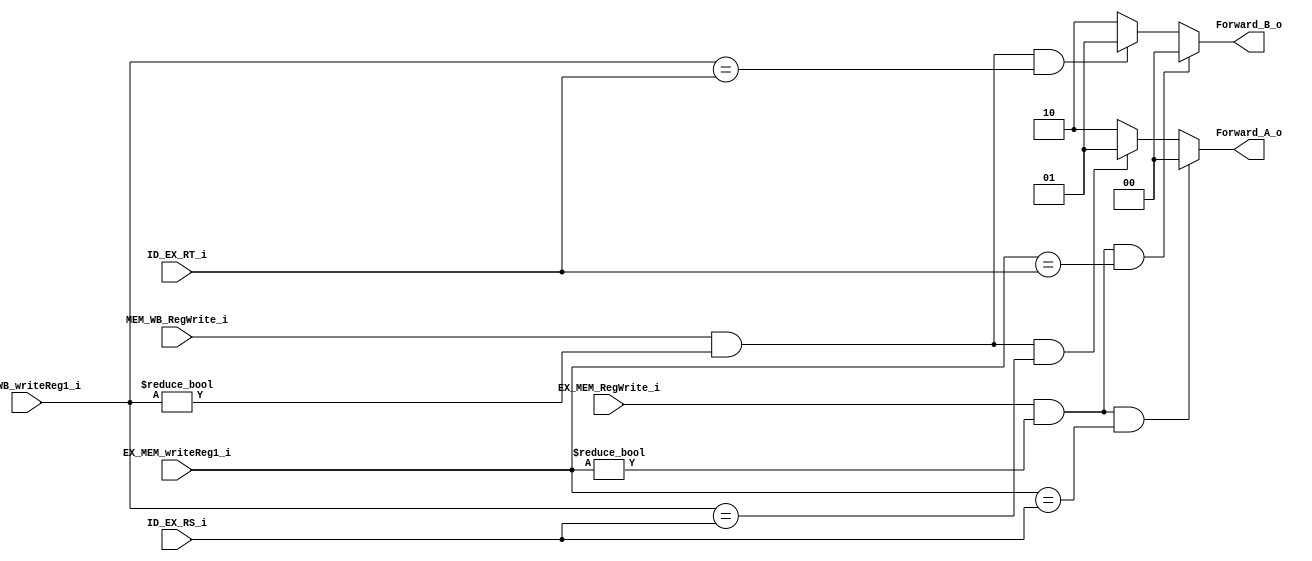
module Forward(
    input EX_MEM_RegWrite_i,
	input [5-1:0] EX_MEM_writeReg1_i,
	input MEM_WB_RegWrite_i,
	input [5-1:0] MEM_WB_writeReg1_i,
	input [5-1:0] ID_EX_RS_i,
	input [5-1:0] ID_EX_RT_i,
    output [2-1:0] Forward_A_o,
    output [2-1:0] Forward_B_o
	);

wire EX_MEM_RS;
wire EX_MEM_RT;
wire MEM_WB_RS;
wire MEM_WB_RT;

assign EX_MEM_RS = (EX_MEM_RegWrite_i && (EX_MEM_writeReg1_i != 0)) && (EX_MEM_writeReg1_i == ID_EX_RS_i);
assign EX_MEM_RT = (EX_MEM_RegWrite_i && (EX_MEM_writeReg1_i != 0)) && (EX_MEM_writeReg1_i == ID_EX_RT_i);
assign MEM_WB_RS = (MEM_WB_RegWrite_i && (MEM_WB_writeReg1_i != 0)) && (MEM_WB_writeReg1_i == ID_EX_RS_i);
assign MEM_WB_RT = (MEM_WB_RegWrite_i && (MEM_WB_writeReg1_i != 0)) && (MEM_WB_writeReg1_i == ID_EX_RT_i);
assign Forward_A_o = EX_MEM_RS ? 2'b00 : (MEM_WB_RS ? 2'b01 : 2'b10); 
assign Forward_B_o = EX_MEM_RT ? 2'b00 : (MEM_WB_RT ? 2'b01 : 2'b10); 

endmodule